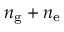
n _ { \mathrm { g } } + n _ { \mathrm { e } }